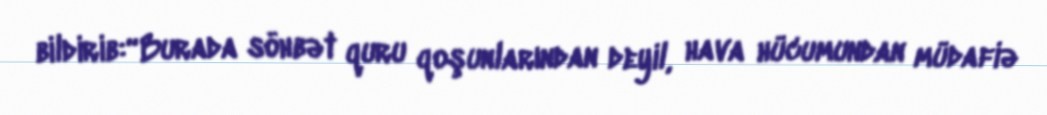
bildirib:“Burada söhbət quru qoşunlarından deyil, hava hücumundan müdafiə